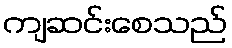
ကျဆင်းစေသည်